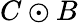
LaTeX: {C\odot B}